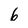
Character: 6